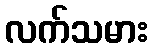
လက်သမား